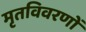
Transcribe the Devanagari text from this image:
मृतविवरणों